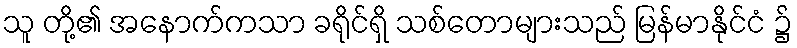
သူ တို့၏ အနောက်ကသာ ခရိုင်ရှိ သစ်တောများသည် မြန်မာနိုင်ငံ ၌